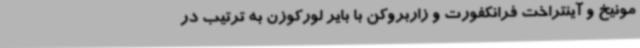
مونیخ و آینتراخت فرانکفورت و زاربروکن با بایر لورکوزن به ترتیب در